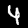
Label: 4